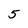
Character: 5